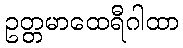
ဥတ္တမာထေရီဂါထာ